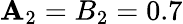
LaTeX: \mathbf{A}_{2}=B_{2}=0.7